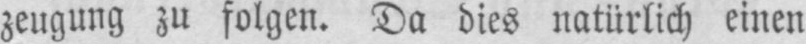
zeugung zu folgen. Da dies natürlich, einen